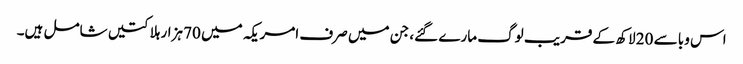
اس وبا سے 20 لاکھ کے قریب لوگ مارے گئے، جن میں صرف امریکہ میں 70 ہزار ہلاکتیں شامل ہیں۔